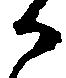
か